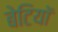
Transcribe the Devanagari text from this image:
बेटियाॅ